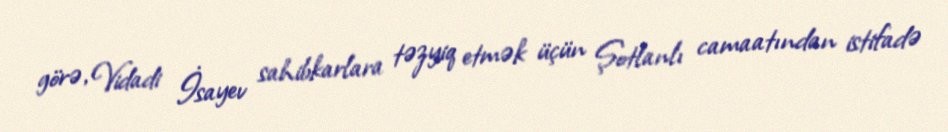
görə, Vidadi İsayev sahibkarlara təzyiq etmək üçün Şotlanlı camaatından istifadə